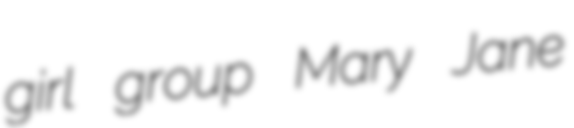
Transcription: girl group Mary Jane